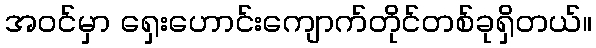
အဝင်မှာ ရှေးဟောင်းကျောက်တိုင်တစ်ခုရှိတယ်။